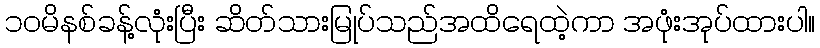
၁၀မိနစ်ခန့်လုံးပြီး ဆိတ်သားမြုပ်သည်အထိရေထဲ့ကာ အဖုံးအုပ်ထားပါ။